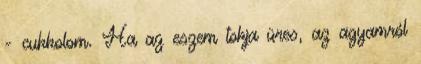
- cukkolom. Ha az eszem tokja üres, az agyamról